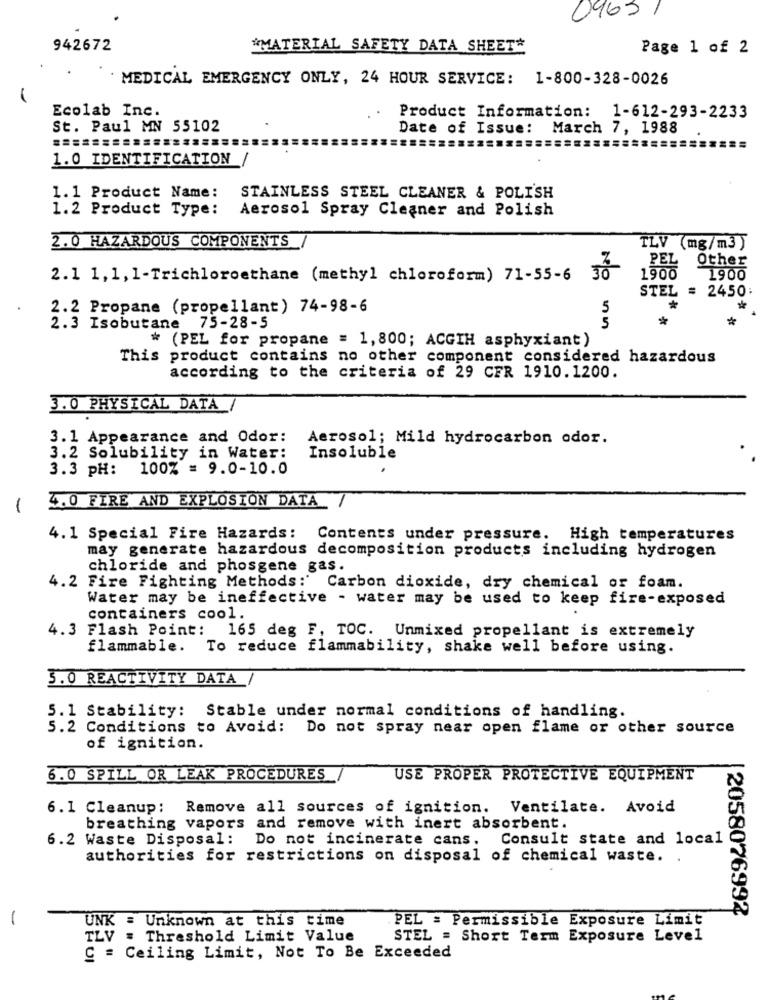
0963
942672
*MATERIAL SAFETY DATA SHEET*
Page 1 of 2
MEDICAL EMERGENCY ONLY, 24 HOUR SERVICE: 1-800-328-0026
Ecolab Inc.
Product Information: 1-612-293-2233
St. Paul MN 55102
Date of Issue: March 7, 1988
1.0 IDENTIFICATION
1.1 Product Name:
STAINLESS STEEL CLEANER & POLISH
1.2 Product Type:
Aerosol Spray Cleaner and Polish
2.0 HAZARDOUS COMPONENTS
TLV (mg/m3)
PEL
Other
2.1 1, 1, 1-Trichloroethane (methyl chloroform) 71-55-6
NO
1900
1900
STEL = 2450
2.2 Propane (propellant) 74-98-6
5
2.3 Isobutane 75-28-5
5
* (PEL for propane = 1,800; ACGIH asphyxiant)
This product contains no other component considered hazardous
according to the criteria of 29 CFR 1910.1200.
3.0 PHYSICAL DATA/
3.1 Appearance and Odor:
Aerosol; Mild hydrocarbon odor.
3.2 Solubility in Water:
Insoluble
3.3 PH:
100% = 9.0-10.0
-
4.0 FIRE AND EXPLOSION DATA/
4. 1 Special Fire Hazards:
Contents under pressure. High temperatures
may generate hazardous decomposition products including hydrogen
chloride and phosgene gas.
4.2 Fire Fighting Methods:'
Carbon dioxide, dry chemical of foam.
Water may be ineffective - water may be used to keep fire-exposed
containers cool.
4.3 Flash Point:
165 deg F, TOC. Unmixed propellant is extremely
flammable.
To reduce flammability, shake well before using.
3.0 REACTIVITY DATA /
5. 1 Stability: Stable under normal conditions of handling.
5.2 Conditions to Avoid: Do not spray near open flame or other source
of ignition.
6.0 SPILL OR LEAK PROCEDURES
USE PROPER PROTECTIVE EQUIPMENT
6. 1 Cleanup: Remove all sources of ignition. Ventilate. Avoid
breathing vapors and remove with inert absorbent.
6.2 Waste Disposal:
Do not incinerate cans. Consult state and local
authorities for restrictions on disposal of chemical waste. .
|2058076992
UNK = Unknown at this time
PEL = Permissible Exposure Limit
TLV = Threshold Limit Value
STEL = Short Term Exposure Level
C = Ceiling Limit, Not To Be Exceeded